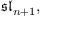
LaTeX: { \mathfrak { s l } } _ { n + 1 } ,